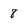
Character: 8